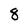
Character: 8